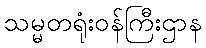
သမ္မတရုံးဝန်ကြီးဌာန